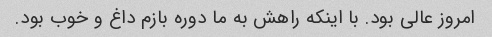
امروز عالی بود. با اینکه راهش به ما دوره بازم داغ و خوب بود.